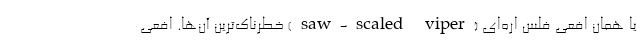
یا همان افعی فلس اره‌ای (saw-scaled viper) خطرناک‌ترین آن‌ها. افعی